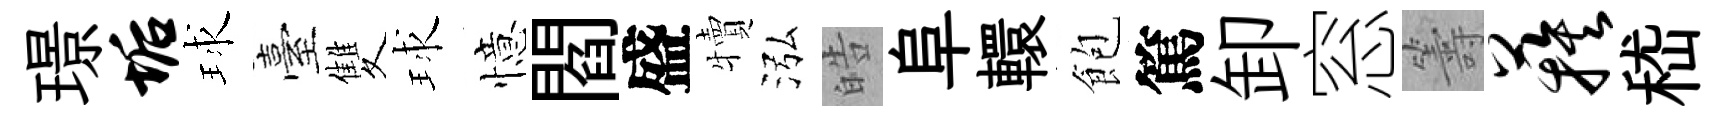
璟垢球臺雙球憶閻盛犢泓皓阜轘飽篤卸窓籌蔟嵇